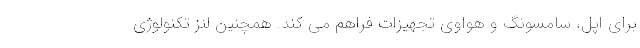
برای اپل، سامسونگ و هواوی تجهیزات فراهم می کند. همچنین لنز تکنولوژی